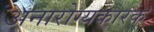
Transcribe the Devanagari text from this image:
अनारोग्यकारक